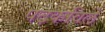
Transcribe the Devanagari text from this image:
पटकविले